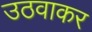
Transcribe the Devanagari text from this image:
उठवाकर